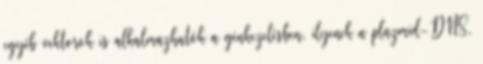
egyéb vektorok is alkalmazhatók a génkezelésben, ilyenek a plazmid-DNS,